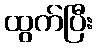
ထွက်ပြီး